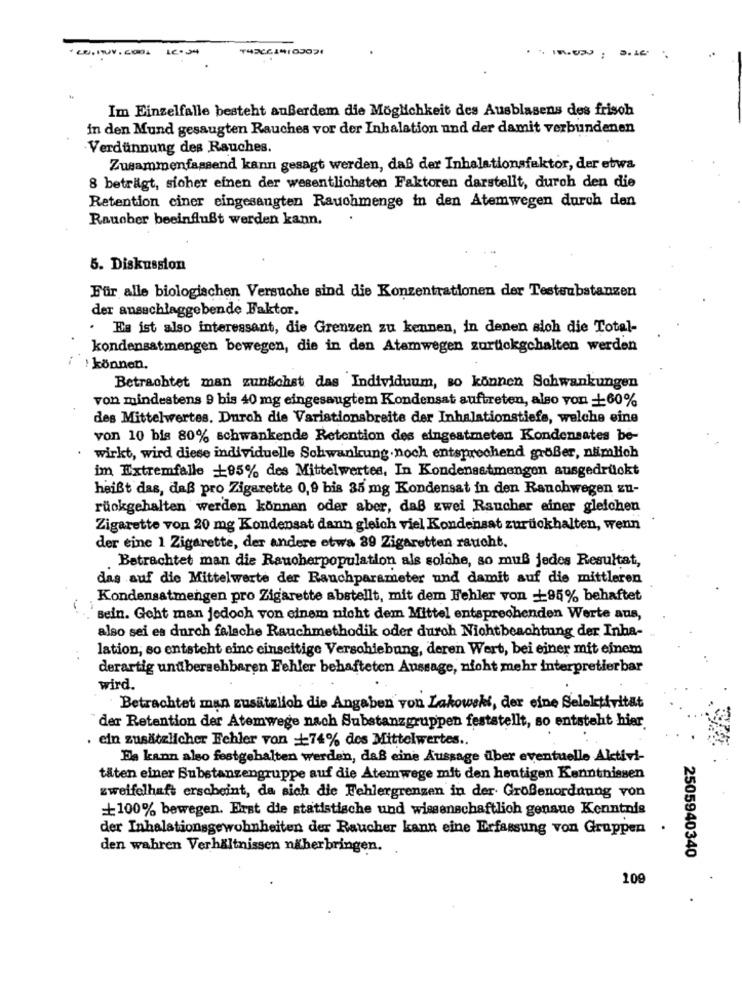
CO.10V.COOL 12.24
.
.-. ..
Im Einzelfalle besteht außerdem die Möglichkeit des Ausblasens des frisch
in den Mund gesaugten Rauches vor der Inhalation und der damit verbundenen
Verdünnung des Rauches.
Zusammenfassend kann gesagt werden, daß der Inhalationsfaktor, der etwa
8 beträgt, sicher einen der wesentlichsten Faktoren darstellt, durch den die
Retention ciner eingesangten Rauchmenge in den Atemwegen durch den
Raucher beeinflußt werden kann.
5. Diskussion
Für alle biologischen Versuche sind die Konzentrationen der Testsubstanzen
der ausschlaggebende Faktor.
· Es ist also interessant, die Grenzen zu kennen, in denen sich die Total-
kondensatmengen bewegen, die in den Atamwegen zurückgehalten werden
können.
Betrachtet man zunächst das Individuum, so können Schwankungen
von mindestens 9 bis 40 mg eingesaugtem Kondensat auftreten, also von +60%
des Mittelwertes. Durch die Variationsbreite der Inhalationstiefe, welche eine
von 10 bis 80% schwankende Retention des eingeatmeten Kondensates be-
wirkt, wird diese individuelle Schwankung.noch entsprechend größer, nämlich
im Extremfalle +85% des Mittelwertes, In Kondensatmengen ausgedrückt
heißt das, daß pro Zigarette 0,9 bis 35 mg Kondensat in den Ranchwegen zu-
rückgehalten werden können oder aber, daß zwei Raucher einer gleichen
Zigarette von 20 mg Kondensat dann gleich viel Kondensat zurückhalten, wenn
der eine 1 Zigarette, der andere etwa 39 Zigaretten raucht.
. Betrachtet man die Raucherpopulation als solche, so muß jedes Resultat,
das auf die Mittelwerte der Rauchparameter und damit auf die mittleren
Kondensatmengen pro Zigarette abstellt, mit dem Fehler von _95% behaftet
sein. Geht man jedoch von einem nicht dem Mittel entsprechenden Werte aus,
also sei es durch falsche Rauchmethodik oder durch Nichtbeachtung der Inha-
lation, so entsteht einc einseitige Verschiebung, deren Wert, bei einer mit einem
derartig unübersehbaren Fehler behafteten Aussage, nicht mehr interpretierbar
wird.
Betrachtet man zusätzlich die Angaben von Lakowski, der eine Selektivität
der Retention der Atemwege nach Substanzgruppen feststellt, so entsteht hier.
. ein zusätzlicher Fehler von 174% des Mittelwertes ..
Es kann also festgehalten werden, daß eine Aussage über eventuelle Aktivi-
täten einer Substanzengruppe auf die Atemwege mit den heutigen Kenntnissen
zweifelhaft erscheint, da sich die Fehlergrenzen in der Großenordnung von
+100% bewegen. Erst die statistische und wissenschaftlich genaue Kenntnis
der Inhalationsgewohnheiten der Raucher kann eine Erfassung von Gruppen
den wahren Verhältnissen näherbringen. .
2505940340
109